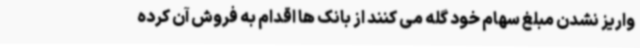
واریز نشدن مبلغ سهام خود گله می کنند از بانک ها اقدام به فروش آن کرده